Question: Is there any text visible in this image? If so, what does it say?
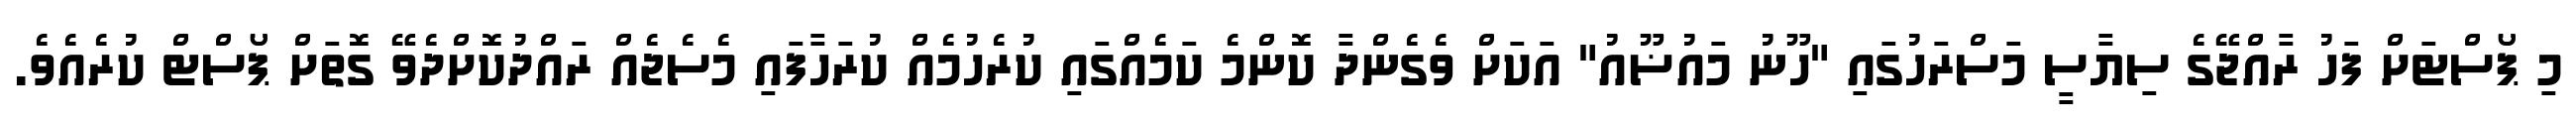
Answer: މި ޕޯސްޓަށް ފަހު ރާއްޖޭގެ ސިޔާސީ މަސްރަހުގައި "ހޫނު މައުޟޫއު" އަކަށް ވެގެންދާ ކޮންމެ ކަމެއްގައި ކުރެހުމެއް ކުރަހާފައި މެސެޖެއް ރައްދުކޮށްދެވޭ ގޮތަށް ޕޯސްޓް ކުރެއެވެ.